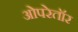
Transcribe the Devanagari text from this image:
ओपरेतॉर